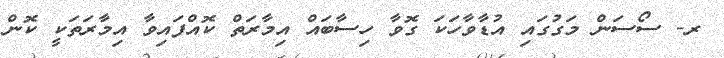
ރ- ސޯސަން މަގުގައި އުޑާވާހަކަ ގޮވާ ހިސާބައް އިމާރަތް ކޮއްފައިވާ އިމާރަތަކީ ކޮން